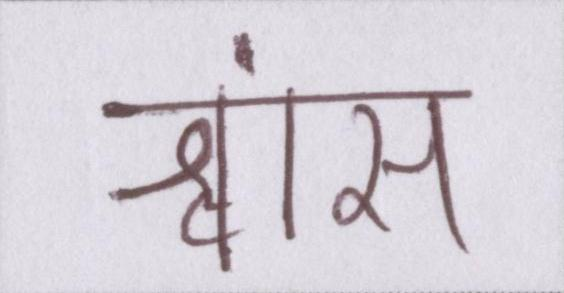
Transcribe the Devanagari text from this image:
श्वांस